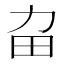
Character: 𤰛